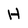
Character: H